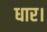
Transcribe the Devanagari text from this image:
धार।